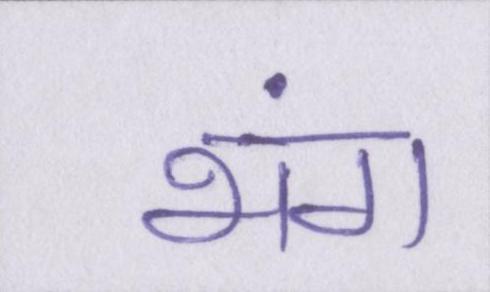
भंग